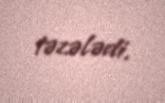
təzələdi.